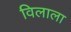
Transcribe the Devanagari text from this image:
विलाला